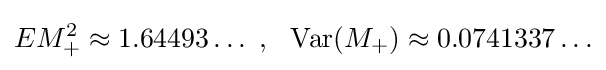
EM_{+}^{2}\approx 1.64493\ldots \ ,\ \ \operatorname {Var} (M_{+})\approx 0.0741337\ldots